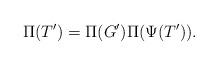
LaTeX: \begin{align*}\Pi(T') = \Pi(G')\Pi(\Psi(T')).\end{align*}